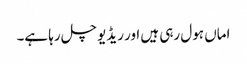
اماں ہول رہی ہیں اور ریڈیو چل رہا ہے۔